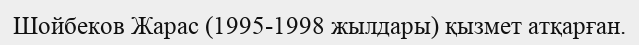
Шойбеков Жарас (1995-1998 жылдары) қызмет атқарған.